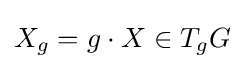
X_{g}=g\cdot X\in T_{g}G